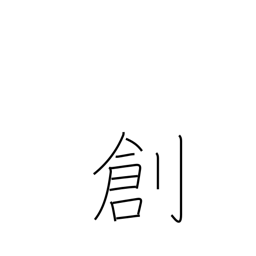
Meaning: genesis